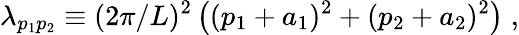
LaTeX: \lambda_{p_{1}p_{2}}\equiv(2\pi/L)^{2}\, \big((p_{1}+a_{1})^{2}+(p_{2}+a_{2})^{2}\big)\; ,